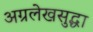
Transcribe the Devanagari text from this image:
अग्रलेखसुद्धा